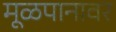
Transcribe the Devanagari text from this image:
मूळपानावर